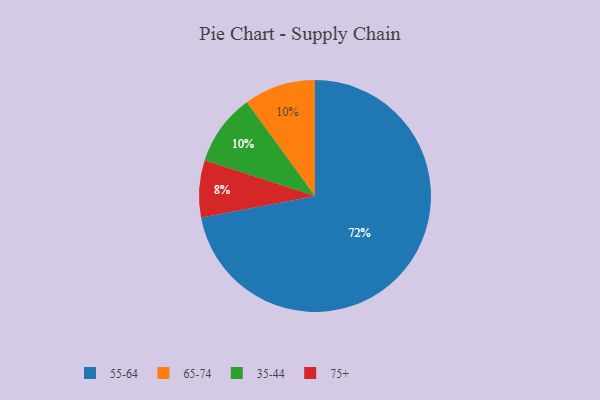
{"axis": {"x": "Category", "y": "Percentage"}, "legend": ["35-44", "55-64", "65-74", "75+"], "data": [{"x": "65-74", "y": 10, "type": "65-74"}, {"x": "35-44", "y": 10, "type": "35-44"}, {"x": "75+", "y": 8, "type": "75+"}, {"x": "55-64", "y": 72, "type": "55-64"}]}